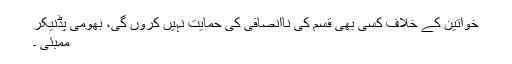
خواتین کے خلاف کسی بھی قسم کی ناانصافی کی حمایت نہیں کروں گی، بھومی پڈنیکر
ممبئی ۔